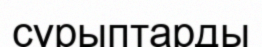
сұрыптарды